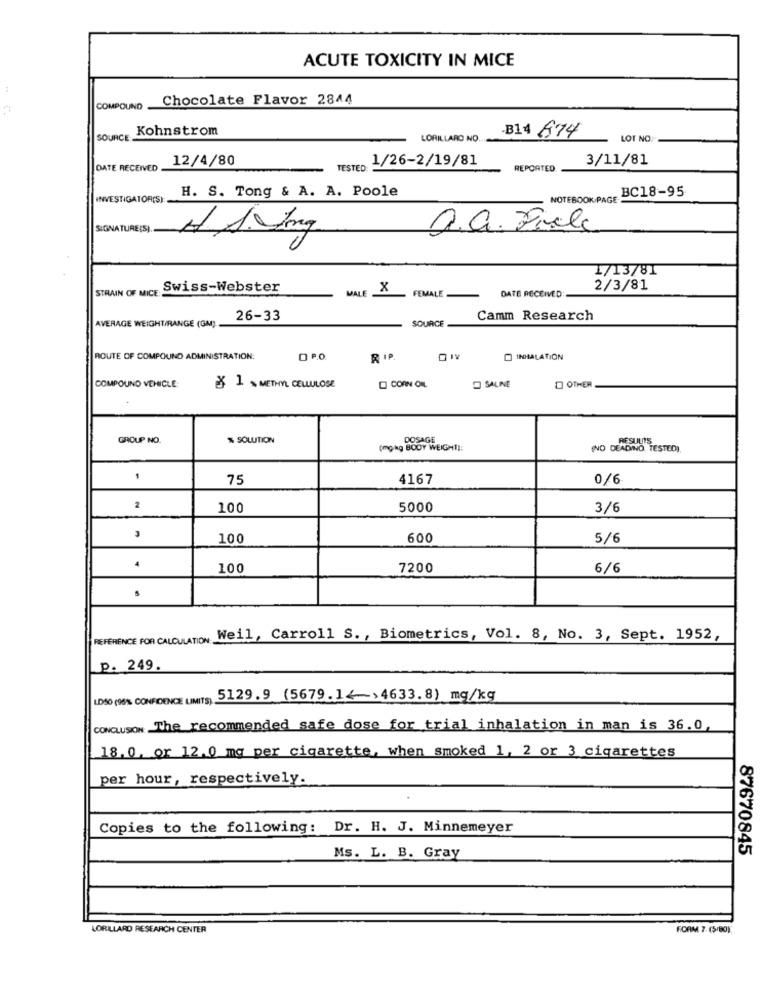
ACUTE TOXICITY IN MICE
Chocolate Flavor 2844
COMPOUND
Kohnstrom
B14 674
SOURCE K
LORILLARD NO ...
LOT NO.
12/4/80
. 1/26-2/19/81
3/11/81
DATE RECEIVED
TESTED
REPORTED
H. S. Tong & A. A. Poole
BC18-95
INVESTIGATOR(S)
NOTEBOOK PAGE
E(S)
a.G. Fiale
1/13/81
STRAIN OF MICE:
Swiss-Webster
MALE
X
DATE RECEIVED
2/3/81
FEMALE
AVERAGE WEIGHT/RANGE (GM).
26-33
Camm Research
SOURCE
ROUTE OF COMPOUND ADMINISTRATION:
O P.O
INHALATION
COMPOUND VEHICLE
& 1 % METHYL CELLULOSE
CORN ONL
SALINE
OTHER
GROUP NO.
% SOLUTION
DOSAGE
RESULTS
(mg/kg BODY WEIGHT]:
(NO DEADINO TESTED)
75
4167
0/6
2
100
5000
3/6
100
600
5/6
4
100
7200
6/6
REFERENCE FOR CALCULATION Weil, Carroll S. , Biometrics, Vol. 8, No. 3, Sept. 1952,
p. 249.
LD50 (98% CONFIDENCE UMITS) 5129.9 (5679.14-> 4633.8) mg/kg
CONCLUSION The recommended safe dose for trial inhalation in man is 36.0,
18.0, or 12.0 mg per cigarette, when smoked 1, 2 or 3 cigarettes
per hour, respectively.
Copies to the following: Dr. H. J. Minnemeyer
87670845
Ms. L. B. Gray
LORILLARD RESEARCH CENTER
FORM 7. (5/80)